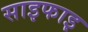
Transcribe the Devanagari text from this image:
साइफाइ